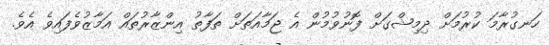
ހަނގުރާމަ ކުރުމަށް ދިމިޝްގަށް ފޮނުވުމުން އެ ޖަމާއަތަށް ތަފާތު އިންޒާރުތައް އަމާޒުވެފައިވެ އެވެ.